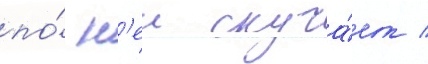
по́ н'еи скуча́ет /